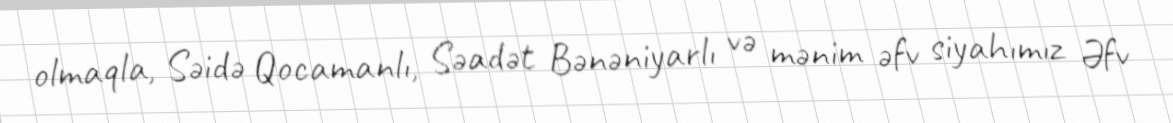
olmaqla, Səidə Qocamanlı, Səadət Bənəniyarlı və mənim əfv siyahımız Əfv